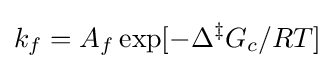
k_{f}=A_{f}\exp[-\Delta ^{\ddagger }G_{c}/RT]